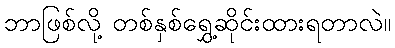
ဘာဖြစ်လို့ တစ်နှစ်ရွှေ့ဆိုင်းထားရတာလဲ။